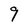
Character: 9